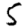
Digit: 5